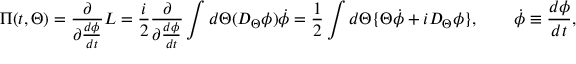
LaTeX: \Pi ( t , \Theta ) = \frac { \partial } { \partial \frac { d \phi } { d t } } L = \frac { i } { 2 } \frac { \partial } { \partial \frac { d \phi } { d t } } \int d \Theta ( D _ { \Theta } \phi ) \dot { \phi } = \frac { 1 } { 2 } \int d \Theta \{ \Theta \dot { \phi } + i D _ { \Theta } \phi \} , \qquad \dot { \phi } \equiv \frac { d \phi } { d t } ,